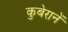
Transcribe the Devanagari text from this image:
कुबेरानें